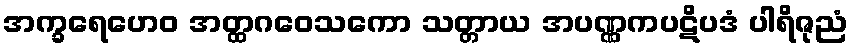
အက္ခရေဟေဝ အတ္ထဂဝေသကော သတ္တာယ အပဏ္ဏကပဋိပဒံ ပါရိဇုညံ